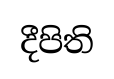
දීපිති